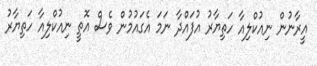
އީރާނުން ނިއުކްލިއާ ހަތިޔާރު އުފައްދާ ނަމަ އެގައުމުން ވެސް އޮތީ ނިއުކްލިއާ ހަތިޔާރު